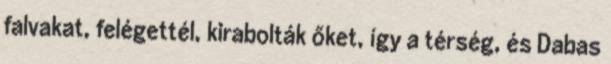
falvakat, felégettél, kirabolták őket, így a térség, és Dabas